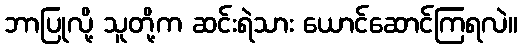
ဘာပြုလို့ သူတို့က ဆင်းရဲသား ယောင်ဆောင်ကြရလဲ။